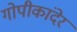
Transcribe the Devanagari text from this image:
गोपीकांदेर